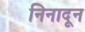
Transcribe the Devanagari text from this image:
निनादून